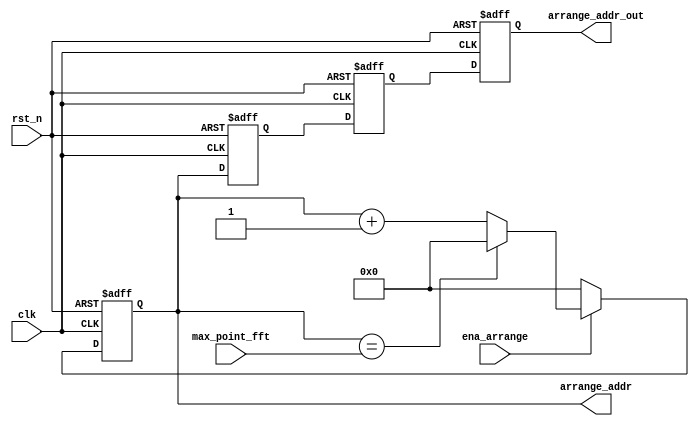
module arrange (clk,rst_n
            , ena_arrange
            , max_point_fft
            , arrange_addr
            , arrange_addr_out
            );
parameter ADDR_WIDTH = 12;
input clk;
input rst_n;
input ena_arrange;
input  [ADDR_WIDTH-1:0]max_point_fft;
output [ADDR_WIDTH-1:0]arrange_addr;
wire   [ADDR_WIDTH-1:0]arrange_addr;
output [ADDR_WIDTH-1:0]arrange_addr_out;
reg    [ADDR_WIDTH-1:0]arrange_addr_out;//***
reg    [ADDR_WIDTH-1:0]w1;              //***
reg    [ADDR_WIDTH-1:0]w2;              //***
wire   [ADDR_WIDTH-1:0]pre_count_addr;
reg    [ADDR_WIDTH-1:0]count_addr;

always@(posedge clk or negedge rst_n) begin
  if (!rst_n) begin
    count_addr <= 0;
  end
  else if (ena_arrange) begin
    if (pre_count_addr == max_point_fft) begin
      count_addr <= 0;
    end
    else begin
      count_addr <= pre_count_addr + 1;
    end
  end
  else begin
    count_addr <= 0;
  end
end
assign pre_count_addr = count_addr;
assign arrange_addr = count_addr;

always@(posedge clk or negedge rst_n) begin 
  if (!rst_n) begin
    w1 <= 0;
  end
  else begin
    w1 <= arrange_addr;
  end
end

always@(posedge clk or negedge rst_n) begin 
  if (!rst_n) begin
    w2 <= 0;
  end
  else begin
    w2 <= w1;
  end
end

always@(posedge clk or negedge rst_n) begin 
  if (!rst_n) begin
    arrange_addr_out <= 0;
  end
  else begin
    arrange_addr_out <= w2;
  end
end

endmodule